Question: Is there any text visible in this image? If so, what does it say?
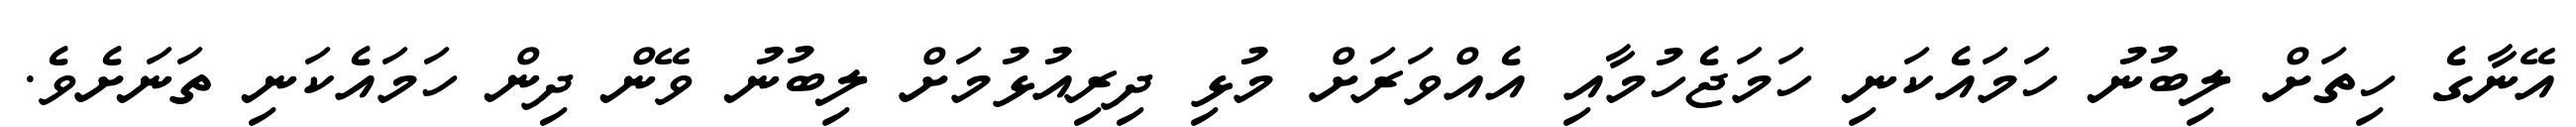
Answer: އޭނާގެ ހިތަށް ލިބުނު ހަމައެކަނި ހަމަޖެހުމާއި އެއްވަރަށް މުޅި ދިރިއުޅުމަށް ލިބުނު ވޭން ދިން ހަމައެކަނި ތަނަށެވެ.